Lunatic asylums Burma 1907-21 - 1907-1921
Year: 1907
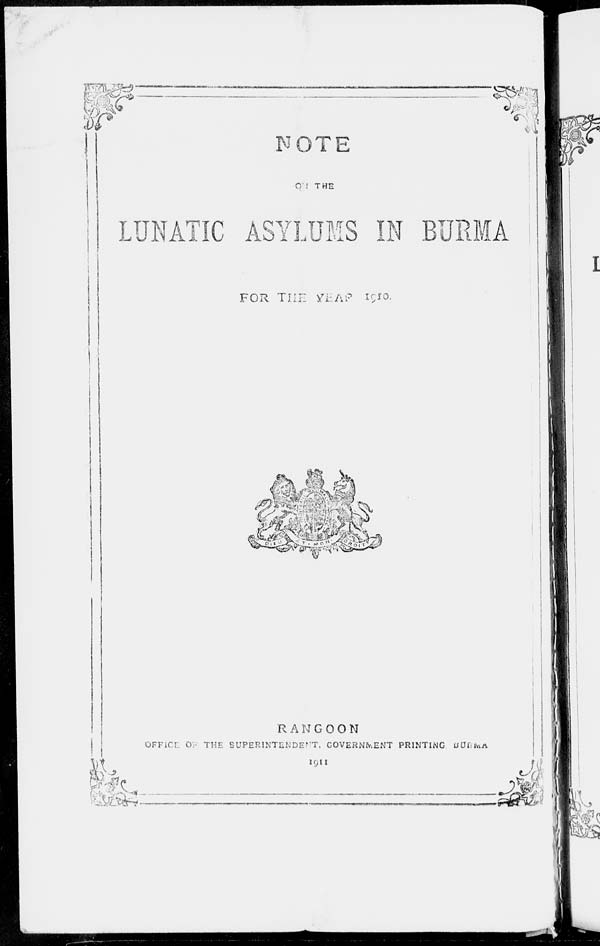
NOTE
ON THE
LUNATIC
ASYLUMS
IN BURMA
FOR THE YEAR 1910.
RANGOON
OFFICE OF THE SUPERINTENDENT, GOVERNMENT PRINTING BURMA
1911